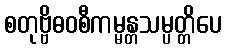
စတုဗ္ဗိဓဝစီကမ္မန္တသမ္ပတ္တိပေ